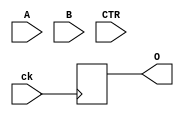
module  alu(A,B,O,CTR,ck);
input	[7:0]	A, B;
input	[3:0]	CTR;
input	ck;
output	[7:0] O;
reg	[7:0]	INA, INB, O;
reg	[3:0]	C;
reg [7:0]	OUT;

always @(posedge ck) begin
INA<=A;
INB<=B;
C<=CTR;
#10;
O<=OUT;
end
endmodule